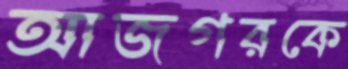
আজগরকে